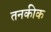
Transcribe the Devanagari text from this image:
तनकीक